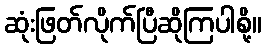
ဆုံးဖြတ်လိုက်ပြီဆိုကြပါစို့။